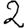
Digit: 2